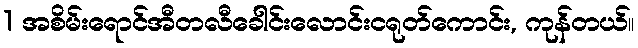
1 အစိမ်းရောင်အီတလီခေါင်းလောင်းငရုတ်ကောင်း, ကုန်တယ်။